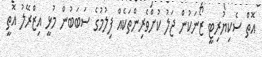
އޮތް ސެކިޔުރިޓީ ޒޯނަކުން ޖަލު ކުށްވެރިންތަކެއް ފިލުމުގެ ސަބަބުން މުޅީ އިޒްރޭލު އޮތީ